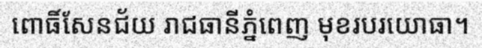
ពោធិ៍សែនជ័យ រាជធានីភ្នំពេញ មុខរបរយោធា។